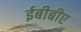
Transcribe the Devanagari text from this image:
ईबीबीए